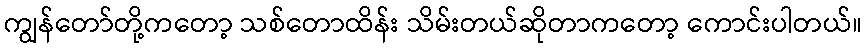
ကျွန်တော်တို့ကတော့ သစ်တောထိန်း သိမ်းတယ်ဆိုတာကတော့ ကောင်းပါတယ်။